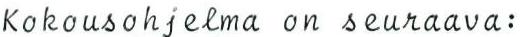
Kokousohjelma on seuraava: